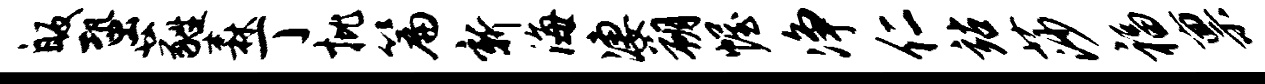
皈蛩蕤森丁批篇新海凄朔幄净仁站莎福禀